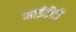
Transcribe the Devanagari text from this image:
आईटीटी